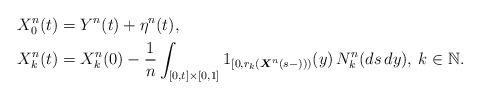
LaTeX: \begin{align*}X_{0}^{n}(t)& =Y^{n}(t)+\eta ^{n}(t), \\X_{k}^{n}(t)& =X_{k}^{n}(0)-\frac{1}{n}\int_{[0,t]\times \lbrack 0,1]}{{1}}_{[0,r_{k}(\boldsymbol{X}^{n}(s-)))}(y)\,N_{k}^{n}(ds\,dy),\:k\in \mathbb{N}. \end{align*}